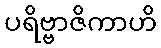
ပရိဗ္ဗာဇိကာဟိ